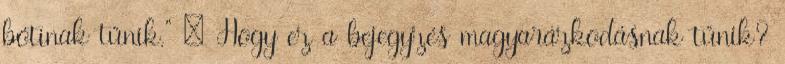
bótinak tűnik." : Hogy ez a bejegyzés magyarázkodásnak tűnik?